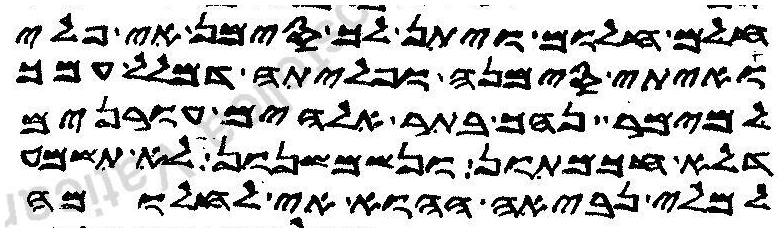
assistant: חלום חלום ויתן לך סימן אי פלי
ואיתי סימנה ופליתה דמלל עמך
למימר נהך בתר אלהים עורנים
דלא חכמתון ונשמשנון לא תשמע
למלי נביאה ההוא אי לחלומה